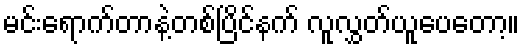
မင်းရောက်တာနဲ့တစ်ပြိင်နက် လူလွှတ်ယူပေတော့။